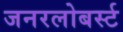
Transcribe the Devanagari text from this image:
जनरलोबर्स्ट